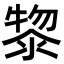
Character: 𭱮